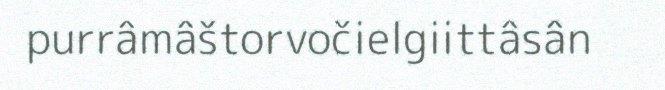
purrâmâštorvočielgiittâsân